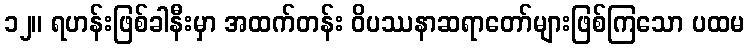
၁၂။ ရဟန်းဖြစ်ခါနီးမှာ အထက်တန်း ဝိပဿနာဆရာတော်များဖြစ်ကြသော ပထမ